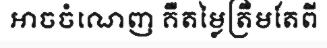
អាចចំណេញ គឺតម្លៃត្រឹមតែពី